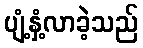
ပျံ့နှံ့လာခဲ့သည်